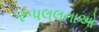
રૂપલલનાઓ